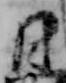
日